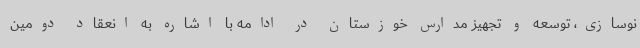
نوسازی، توسعه و تجهیز مدارس خوزستان در ادامه با اشاره به انعقاد دومین